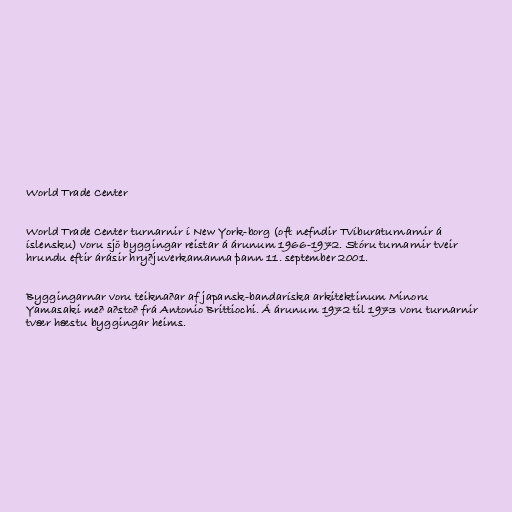
World Trade Center

World Trade Center turnarnir í New York-borg (oft nefndir Tvíburaturnarnir á
íslensku) voru sjö byggingar reistar á árunum 1966-1972. Stóru turnarnir tveir
hrundu eftir árásir hryðjuverkamanna þann 11. september 2001.

Byggingarnar voru teiknaðar af japansk-bandaríska arkitektinum Minoru
Yamasaki með aðstoð frá Antonio Brittiochi. Á árunum 1972 til 1973 voru turnarnir
tvær hæstu byggingar heims.